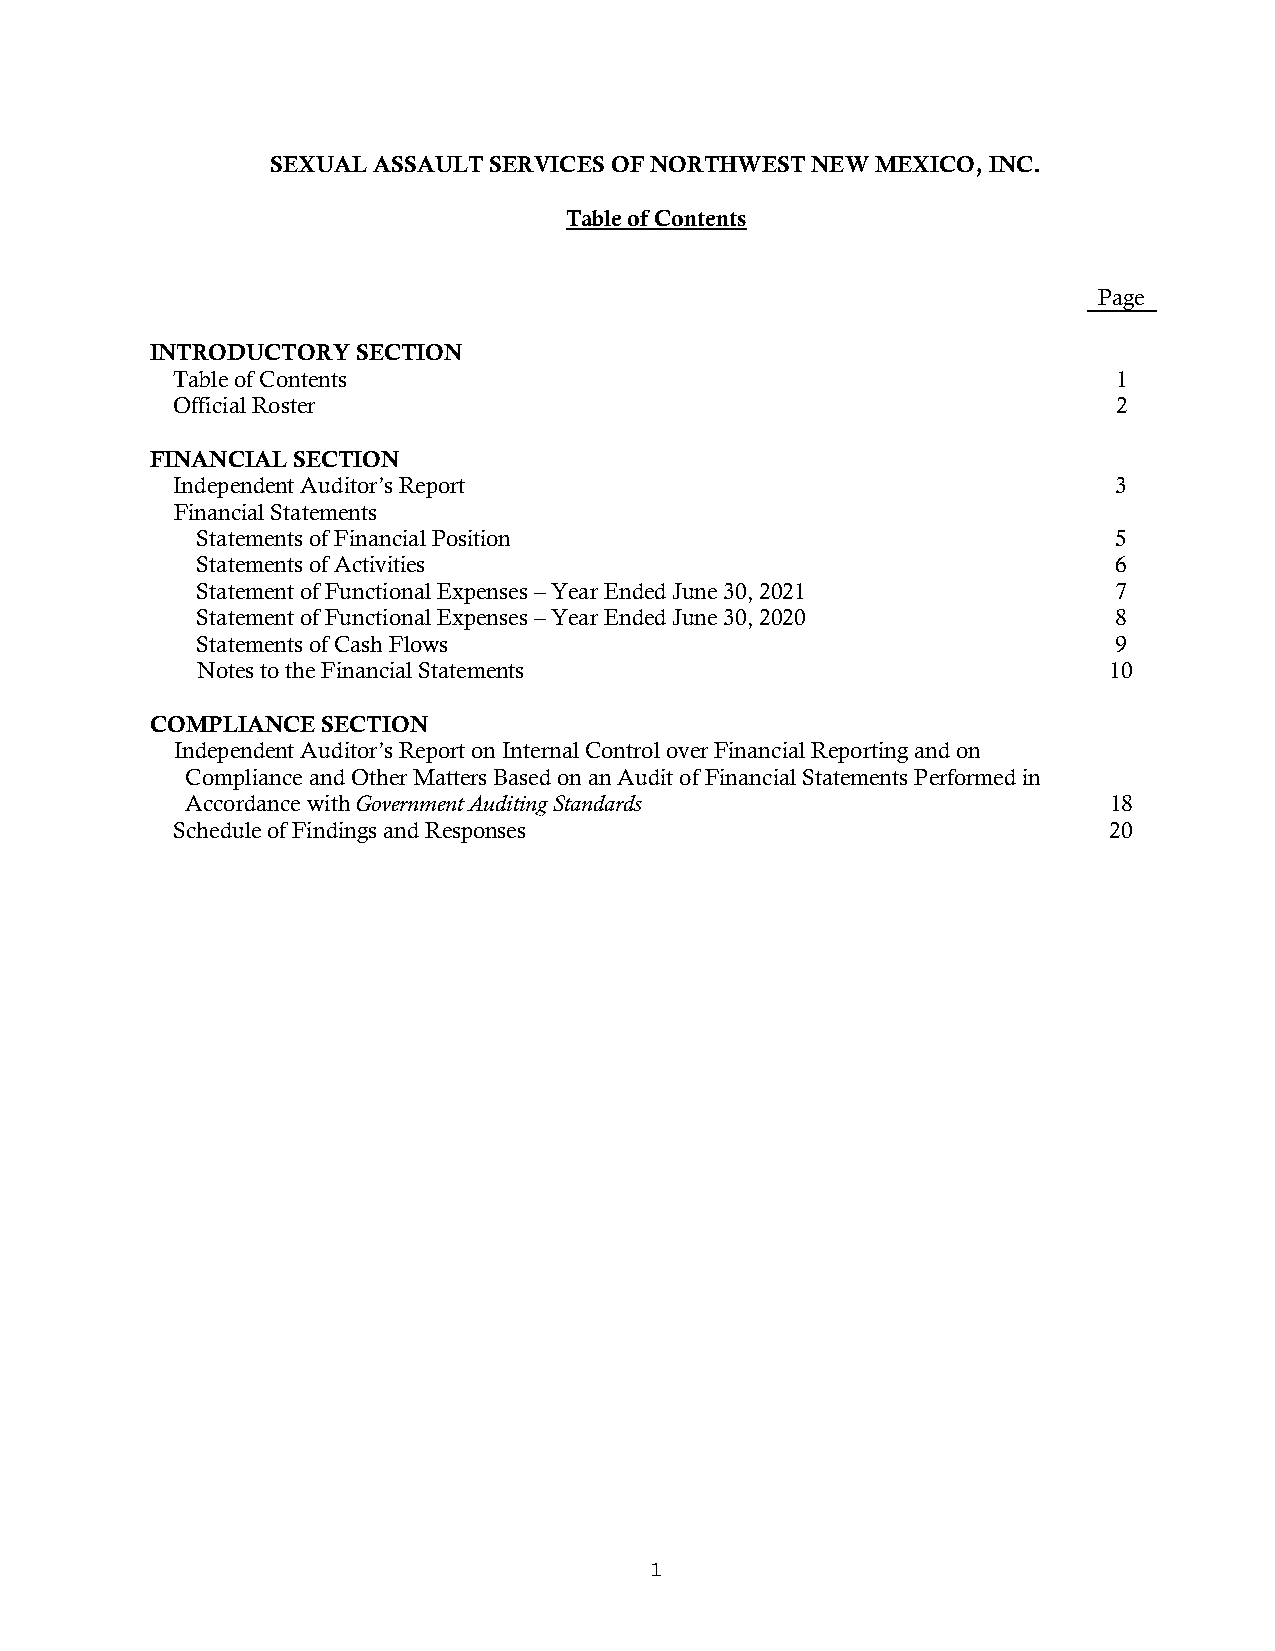
SEXUAL ASSAULT SERVICES OF NORTHWEST NEW MEXICO, INC.
 Table of Contents
 Page
 INTRODUCTORY  SECTION
 Table of Contents                                              1
 Official Roster                                                2
 FINANCIAL SECTION
 Independent Auditor’s Report                                   3
 Financial Statements
 Statements of Financial Position                             5
 Statements of Activities                                     6
 Statement of Functional Expenses – Year Ended June 30, 2021  7
 Statement of Functional Expenses – Year Ended June 30, 2020  8
 Statements of Cash Flows                                     9
 Notes to the Financial Statements                           10
 COMPLIANCE SECTION
 Independent Auditor’s Report on Internal Control over Financial Reporting and on
 Compliance and Other Matters Based on an Audit of Financial Statements Performed in
 Accordance with Government Auditing Standards                18
 Schedule of Findings and Responses                            20
 1